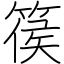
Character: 篌